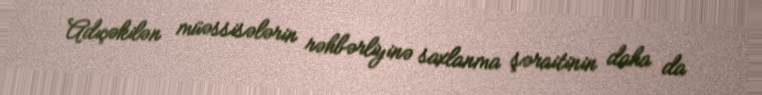
Adıçəkilən müəssisələrin rəhbərliyinə saxlanma şəraitinin daha da